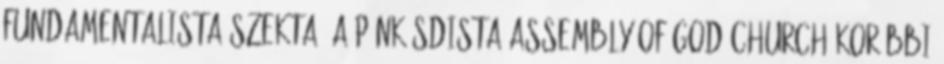
fundamentalista szekta, a pünkösdista Assembly of God Church korábbi